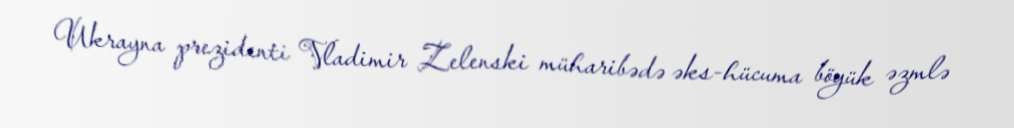
Ukrayna prezidenti Vladimir Zelenski müharibədə əks-hücuma böyük əzmlə